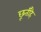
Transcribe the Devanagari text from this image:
छूतीहै